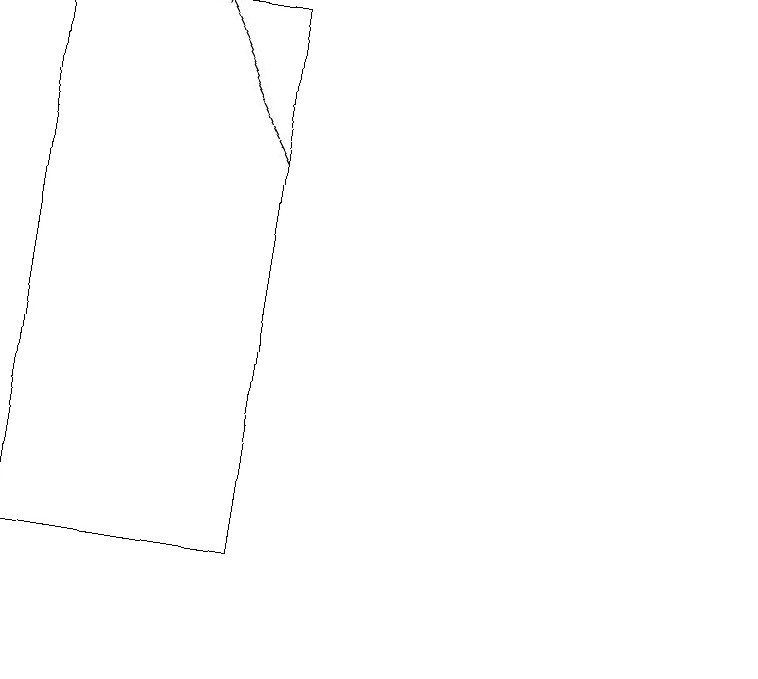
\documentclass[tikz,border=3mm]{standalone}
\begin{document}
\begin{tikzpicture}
\draw[->] (6,16) -- (5,18);
\draw (3,18) rectangle (6,11);
\draw (12,10) circle (0);
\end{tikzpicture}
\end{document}